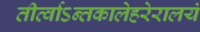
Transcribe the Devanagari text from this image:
तीर्त्वाऽन्तकालेहरेरालयं